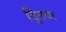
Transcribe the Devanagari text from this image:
दुिनया